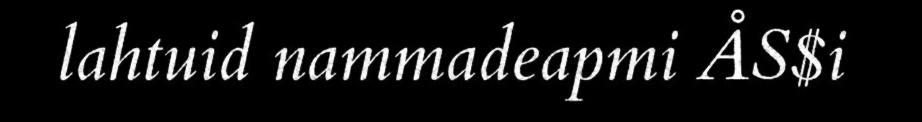
lahtuid nammadeapmi ÅS$i